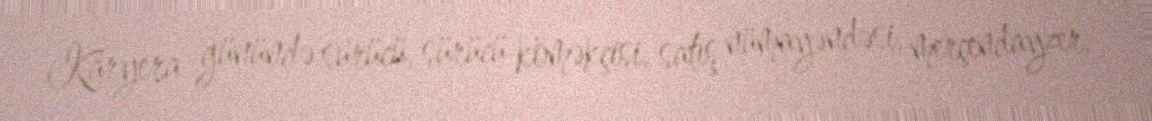
Karyera günündə sürücü, sürücü köməkçisi, satış nümayəndəsi, merçendayzer,